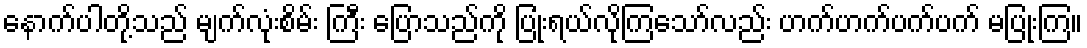
နောက်ပါတို့သည် မျက်လုံးစိမ်း ကြီး ပြောသည်ကို ပြုံးရယ်လိုကြသော်လည်း ဟက်ဟက်ပက်ပက် မပြုံးကြ။